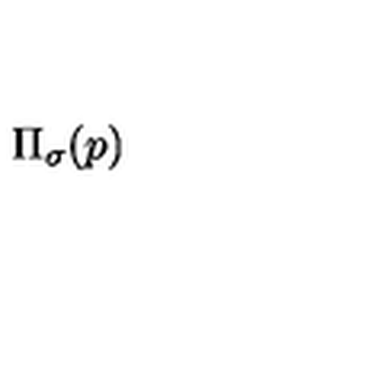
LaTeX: \Pi _ { \sigma } ( p )